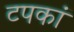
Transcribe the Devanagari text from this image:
टपकां